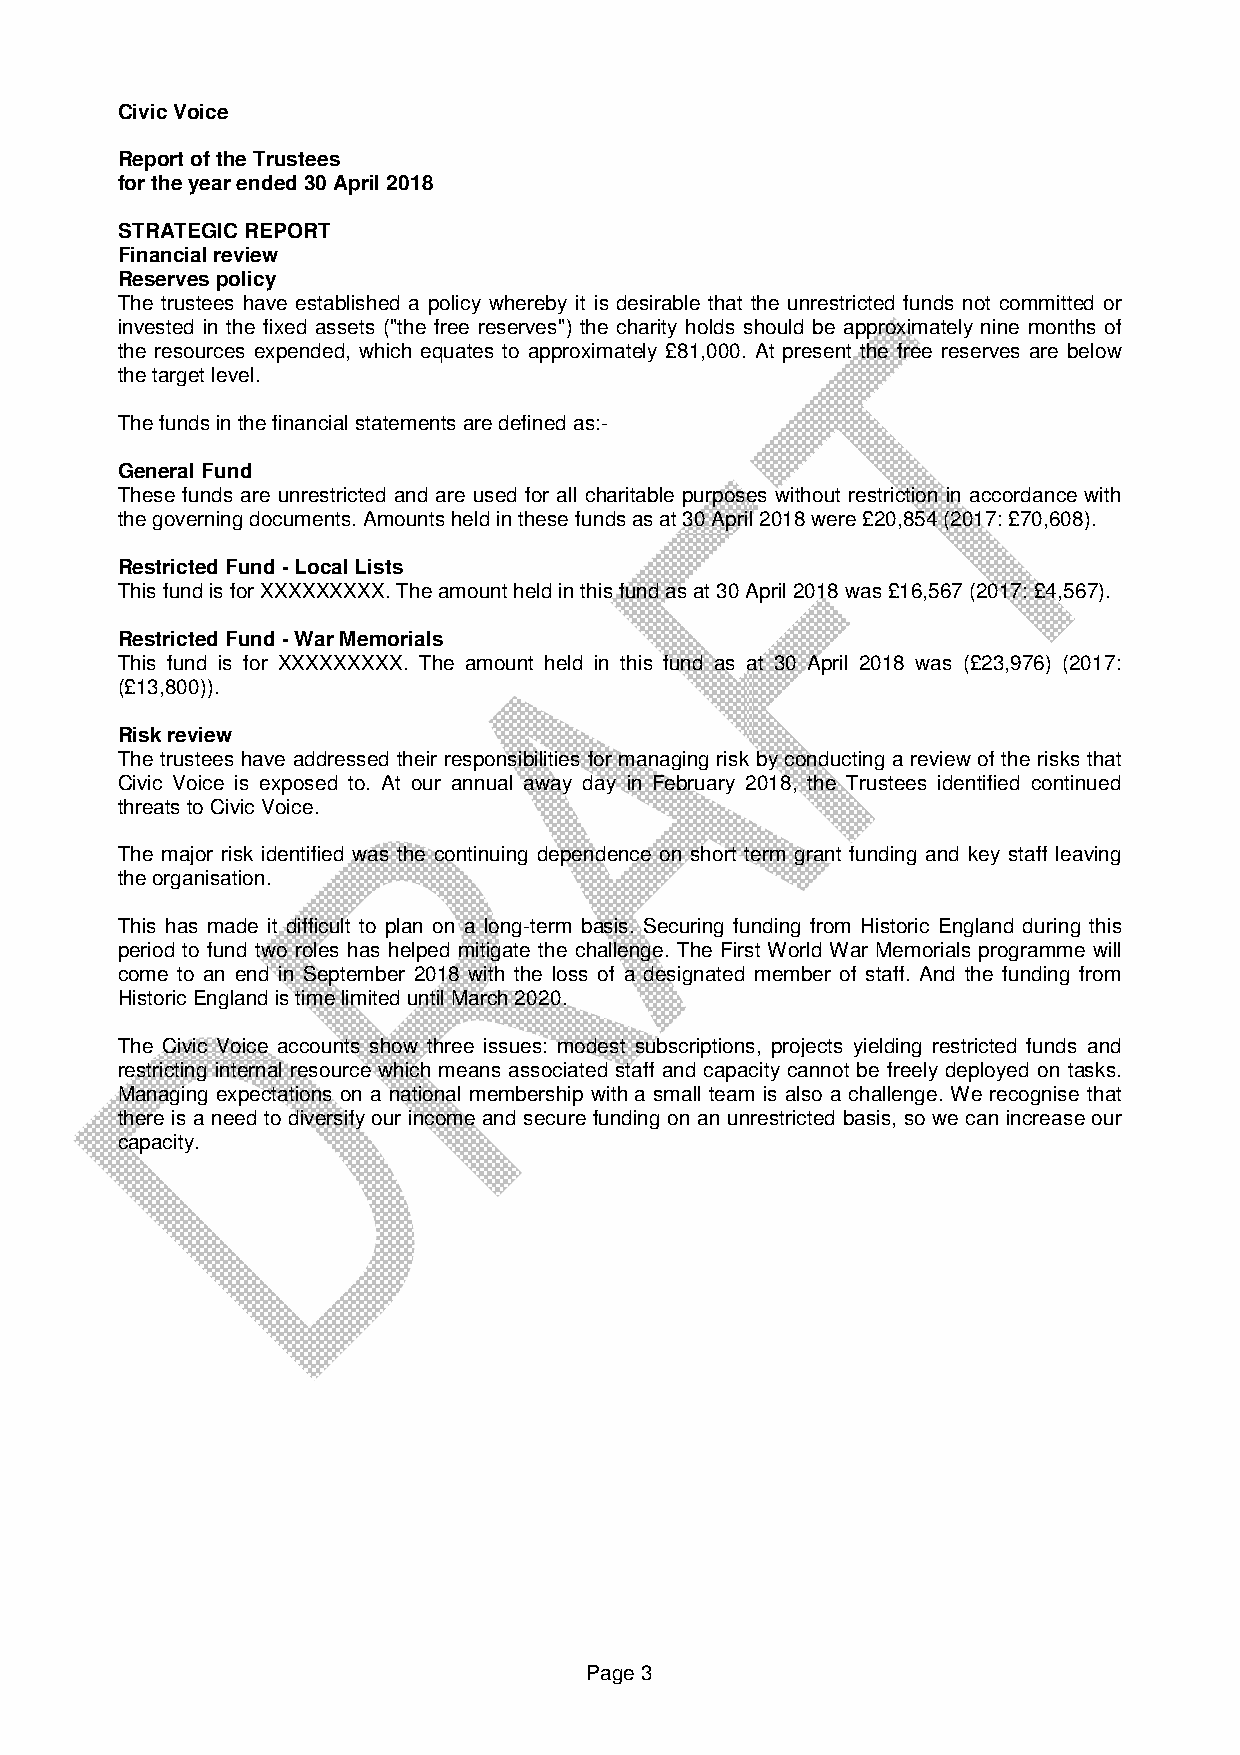
Civic Voice
 Report of the Trustees
 for the year ended 30 April 2018
 STRATEGIC REPORT
 Financial review
 Reserves policy
 The trustees have established a policy whereby it is desirable that the unrestricted funds not committed or
 invested in the fixed assets ("the free reserves") the charity holds should be approximately nine months of
 the resources expended, which equates to approximately £81,000. At present the free reserves are below
 the target level.
 The funds in the financial statements are defined as:-
 General Fund
 These funds are unrestricted and are used for all charitable purposes without restriction in accordance with
 the governing documents. Amounts held in these funds as at 30 April 2018 were £20,854 (2017: £70,608).
 Restricted Fund - Local Lists
 This fund is for XXXXXXXXX. The amount held in this fund as at 30 April 2018 was £16,567 (2017: £4,567).
 Restricted Fund - War Memorials
 This fund is for XXXXXXXXX. The amount held in this fund as at 30 April 2018 was (£23,976) (2017:
 (£13,800)).
 Risk review
 The trustees have addressed their responsibilities for managing risk by conducting a review of the risks that
 Civic Voice is exposed to. At our annual away day in February 2018, the Trustees identified continued
 threats to Civic Voice.
 The major risk identified was the continuing dependence on short term grant funding and key staff leaving
 the organisation.
 This has made it difficult to plan on a long-term basis. Securing funding from Historic England during this
 period to fund two roles has helped mitigate the challenge. The First World War Memorials programme will
 come to an end in September 2018 with the loss of a designated member of staff. And the funding from
 Historic England is time limited until March 2020.
 The Civic Voice accounts show three issues: modest subscriptions, projects yielding restricted funds and
 restricting internal resource which means associated staff and capacity cannot be freely deployed on tasks.
 Managing expectations on a national membership with a small team is also a challenge. We recognise that
 there is a need to diversify our income and secure funding on an unrestricted basis, so we can increase our
 capacity.
 Page 3